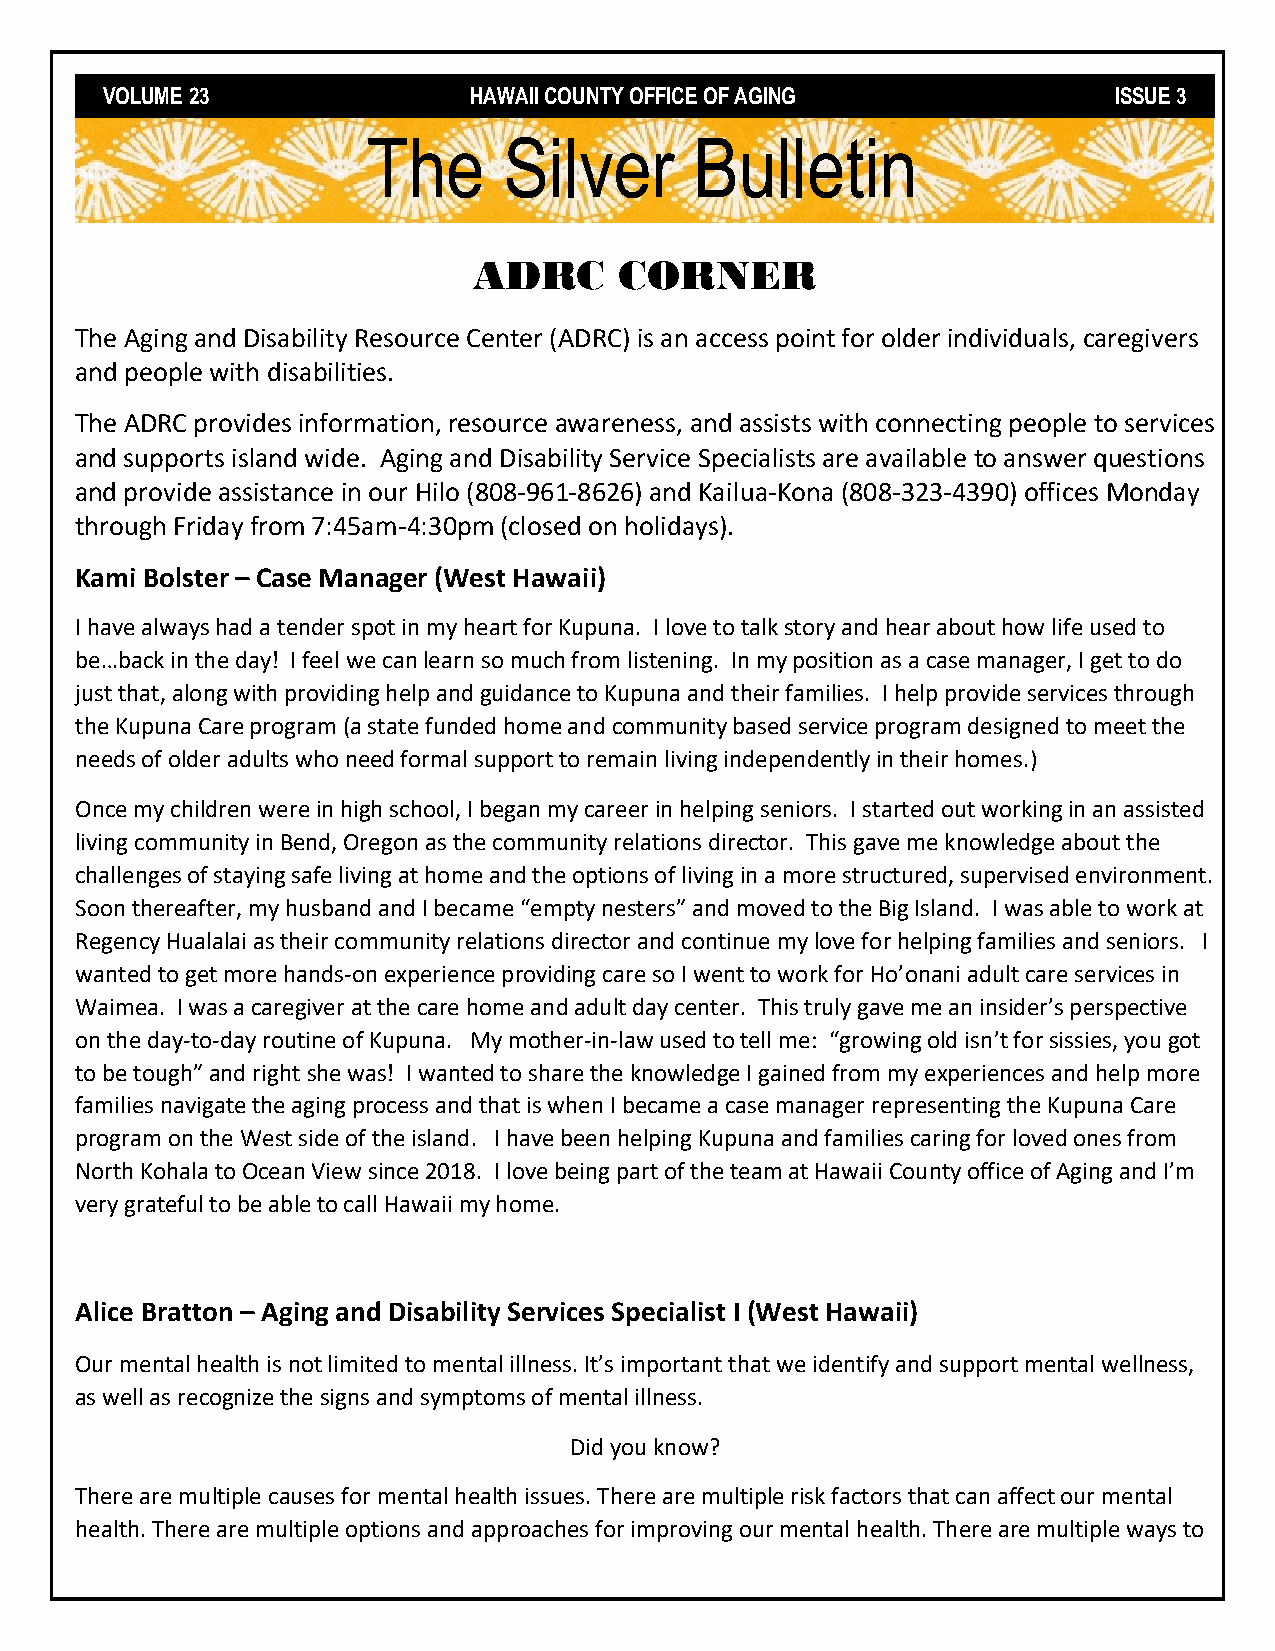
VOLUME 23               HAWAII COUNTY OFFICE OF AGING              ISSUE 3
 The      Silver       Bulletin
 ADRC      CORNER
 The Aging and Disability Resource Center (ADRC) is an access point for older individuals, caregivers
 and people with disabilities.
 The ADRC provides information, resource awareness, and assists with connecting people to services
 and supports island wide. Aging and Disability Service Specialists are available to answer questions
 and provide assistance in our Hilo (808-961-8626) and Kailua-Kona (808-323-4390) offices Monday
 through Friday from 7:45am-4:30pm (closed on holidays).
 Kami Bolster – Case Manager (West Hawaii)
 I have always had a tender spot in my heart for Kupuna. I love to talk story and hear about how life used to
 be…back in the day! I feel we can learn so much from listening. In my position as a case manager, I get to do
 just that, along with providing help and guidance to Kupuna and their families. I help provide services through
 the Kupuna Care program (a state funded home and community based service program designed to meet the
 needs of older adults who need formal support to remain living independently in their homes.)
 Once my children were in high school, I began my career in helping seniors. I started out working in an assisted
 living community in Bend, Oregon as the community relations director. This gave me knowledge about the
 challenges of staying safe living at home and the options of living in a more structured, supervised environment.
 Soon thereafter, my husband and I became “empty nesters” and moved to the Big Island. I was able to work at
 Regency Hualalai as their community relations director and continue my love for helping families and seniors. I
 wanted to get more hands-on experience providing care so I went to work for Ho’onani adult care services in
 Waimea. I was a caregiver at the care home and adult day center. This truly gave me an insider’s perspective
 on the day-to-day routine of Kupuna. My mother-in-law used to tell me: “growing old isn’t for sissies, you got
 to be tough” and right she was! I wanted to share the knowledge I gained from my experiences and help more
 families navigate the aging process and that is when I became a case manager representing the Kupuna Care
 program on the West side of the island. I have been helping Kupuna and families caring for loved ones from
 North Kohala to Ocean View since 2018. I love being part of the team at Hawaii County office of Aging and I’m
 very grateful to be able to call Hawaii my home.
 Alice Bratton – Aging and Disability Services Specialist I (West Hawaii)
 Our mental health is not limited to mental illness. It’s important that we identify and support mental wellness,
 as well as recognize the signs and symptoms of mental illness.
 Did you know?
 There are multiple causes for mental health issues. There are multiple risk factors that can affect our mental
 health. There are multiple options and approaches for improving our mental health. There are multiple ways to